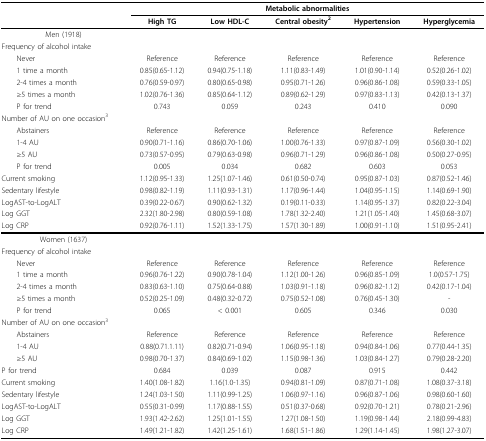
<table><thead><tr><td>[EMPTY_CELL]</td><td colspan="5"><b>Metabolic abnormalities</b></td></tr><tr><td>[EMPTY_CELL]</td><td><b>High TG</b></td><td><b>Low HDL-C</b></td><td><b>Central obesity<sup>2</sup></b></td><td><b>Hypertension</b></td><td><b>Hyperglycemia</b></td></tr></thead><tbody><tr><td>Men (1918)</td><td>[EMPTY_CELL]</td><td>[EMPTY_CELL]</td><td>[EMPTY_CELL]</td><td>[EMPTY_CELL]</td><td>[EMPTY_CELL]</td></tr><tr><td>Frequency of alcohol intake</td><td>[EMPTY_CELL]</td><td>[EMPTY_CELL]</td><td>[EMPTY_CELL]</td><td>[EMPTY_CELL]</td><td>[EMPTY_CELL]</td></tr><tr><td> Never</td><td>Reference</td><td>Reference</td><td>Reference</td><td>Reference</td><td>Reference</td></tr><tr><td> 1 time a month</td><td>0.85(0.65-1.12)</td><td>0.94(0.75-1.18)</td><td>1.11(0.83-1.49)</td><td>1.01(0.90-1.14)</td><td>0.52(0.26-1.02)</td></tr><tr><td> 2-4 times a month</td><td>0.76(0.59-0.97)</td><td>0.80(0.65-0.98)</td><td>0.95(0.71-1.26)</td><td>0.96(0.86-1.08)</td><td>0.59(0.33-1.05)</td></tr><tr><td> ≥5 times a month</td><td>1.02(0.76-1.36)</td><td>0.85(0.64-1.12)</td><td>0.89(0.62-1.29)</td><td>0.97(0.83-1.13)</td><td>0.42(0.13-1.37)</td></tr><tr><td> P for trend</td><td>0.743</td><td>0.059</td><td>0.243</td><td>0.410</td><td>0.090</td></tr><tr><td>Number of AU on one occasion<sup>3</sup></td><td>[EMPTY_CELL]</td><td>[EMPTY_CELL]</td><td>[EMPTY_CELL]</td><td>[EMPTY_CELL]</td><td>[EMPTY_CELL]</td></tr><tr><td> Abstainers</td><td>Reference</td><td>Reference</td><td>Reference</td><td>Reference</td><td>Reference</td></tr><tr><td> 1-4 AU</td><td>0.90(0.71-1.16)</td><td>0.86(0.70-1.06)</td><td>1.00(0.76-1.33)</td><td>0.97(0.87-1.09)</td><td>0.56(0.30-1.02)</td></tr><tr><td> ≥5 AU</td><td>0.73(0.57-0.95)</td><td>0.79(0.63-0.98)</td><td>0.96(0.71-1.29)</td><td>0.96(0.86-1.08)</td><td>0.50(0.27-0.95)</td></tr><tr><td> P for trend</td><td>0.005</td><td>0.034</td><td>0.682</td><td>0.603</td><td>0.053</td></tr><tr><td>Current smoking</td><td>1.12(0.95-1.33)</td><td>1.25(1.07-1.46)</td><td>0.61(0.50-0.74)</td><td>0.95(0.87-1.03)</td><td>0.87(0.52-1.46)</td></tr><tr><td>Sedentary lifestyle</td><td>0.98(0.82-1.19)</td><td>1.11(0.93-1.31)</td><td>1.17(0.96-1.44)</td><td>1.04(0.95-1.15)</td><td>1.14(0.69-1.90)</td></tr><tr><td>LogAST-to-LogALT</td><td>0.39(0.22-0.67)</td><td>0.90(0.62-1.32)</td><td>0.19(0.11-0.33)</td><td>1.14(0.95-1.37)</td><td>0.82(0.22-3.04)</td></tr><tr><td>Log GGT</td><td>2.32(1.80-2.98)</td><td>0.80(0.59-1.08)</td><td>1.78(1.32-2.40)</td><td>1.21(1.05-1.40)</td><td>1.45(0.68-3.07)</td></tr><tr><td>Log CRP</td><td>0.92(0.76-1.11)</td><td>1.52(1.33-1.75)</td><td>1.57(1.30-1.89)</td><td>1.00(0.91-1.10)</td><td>1.51(0.95-2.41)</td></tr><tr><td>Women (1637)</td><td>[EMPTY_CELL]</td><td>[EMPTY_CELL]</td><td>[EMPTY_CELL]</td><td>[EMPTY_CELL]</td><td>[EMPTY_CELL]</td></tr><tr><td>Frequency of alcohol intake</td><td>[EMPTY_CELL]</td><td>[EMPTY_CELL]</td><td>[EMPTY_CELL]</td><td>[EMPTY_CELL]</td><td>[EMPTY_CELL]</td></tr><tr><td> Never</td><td>Reference</td><td>Reference</td><td>Reference</td><td>Reference</td><td>Reference</td></tr><tr><td> 1 time a month</td><td>0.96(0.76-1.22)</td><td>0.90(0.78-1.04)</td><td>1.12(1.00-1.26)</td><td>0.96(0.85-1.09)</td><td>1.0(0.57-1.75)</td></tr><tr><td> 2-4 times a month</td><td>0.83(0.63-1.10)</td><td>0.75(0.64-0.88)</td><td>1.03(0.91-1.18)</td><td>0.96(0.82-1.12)</td><td>0.42(0.17-1.04)</td></tr><tr><td> ≥5 times a month</td><td>0.52(0.25-1.09)</td><td>0.48(0.32-0.72)</td><td>0.75(0.52-1.08)</td><td>0.76(0.45-1.30)</td><td>-</td></tr><tr><td> P for trend</td><td>0.065</td><td>&lt; 0.001</td><td>0.605</td><td>0.346</td><td>0.030</td></tr><tr><td>Number of AU on one occasion<sup>3</sup></td><td>[EMPTY_CELL]</td><td>[EMPTY_CELL]</td><td>[EMPTY_CELL]</td><td>[EMPTY_CELL]</td><td>[EMPTY_CELL]</td></tr><tr><td> Abstainers</td><td>Reference</td><td>Reference</td><td>Reference</td><td>Reference</td><td>Reference</td></tr><tr><td> 1-4 AU</td><td>0.88(0.71.1.11)</td><td>0.82(0.71-0.94)</td><td>1.06(0.95-1.18)</td><td>0.94(0.84-1.06)</td><td>0.77(0.44-1.35)</td></tr><tr><td> ≥5 AU</td><td>0.98(0.70-1.37)</td><td>0.84(0.69-1.02)</td><td>1.15(0.98-1.36)</td><td>1.03(0.84-1.27)</td><td>0.79(0.28-2.20)</td></tr><tr><td>P for trend</td><td>0.684</td><td>0.039</td><td>0.087</td><td>0.915</td><td>0.442</td></tr><tr><td>Current smoking</td><td>1.40(1.08-1.82)</td><td>1.16(1.0-1.35)</td><td>0.94(0.81-1.09)</td><td>0.87(0.71-1.08)</td><td>1.08(0.37-3.18)</td></tr><tr><td>Sedentary lifestyle</td><td>1.24(1.03-1.50)</td><td>1.11(0.99-1.25)</td><td>1.06(0.97-1.16)</td><td>0.96(0.87-1.06)</td><td>0.98(0.60-1.60)</td></tr><tr><td>LogAST-to-LogALT</td><td>0.55(0.31-0.99)</td><td>1.17(0.88-1.55)</td><td>0.51(0.37-0.68)</td><td>0.92(0.70-1.21)</td><td>0.78(0.21-2.96)</td></tr><tr><td>Log GGT</td><td>1.93(1.42-2.62)</td><td>1.25(1.01-1.55)</td><td>1.27(1.08-1.50)</td><td>1.19(0.98-1.44)</td><td>2.18(0.99-4.83)</td></tr><tr><td>Log CRP</td><td>1.49(1.21-1.82)</td><td>1.42(1.25-1.61)</td><td>1.68(1.51-1.86)</td><td>1.29(1.14-1.45)</td><td>1.98(1.27-3.07)</td></tr></tbody></table>